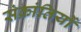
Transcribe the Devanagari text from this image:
संक्रांतियों